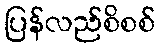
ပြန်လည်စိစစ်